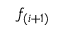
f _ { ( i + 1 ) }